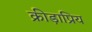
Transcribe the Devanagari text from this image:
क्रीड़ाप्रिय